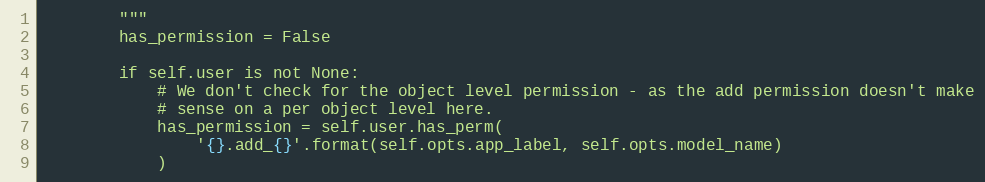
Language: Python
        """
        has_permission = False

        if self.user is not None:
            # We don't check for the object level permission - as the add permission doesn't make
            # sense on a per object level here.
            has_permission = self.user.has_perm(
                '{}.add_{}'.format(self.opts.app_label, self.opts.model_name)
            )